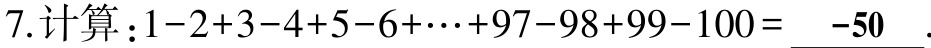
7.计算：\(1 - 2 + 3 - 4 + 5 - 6 + \cdots + 97 - 98 + 99 - 100 = \_\_ -50 \_\_\)